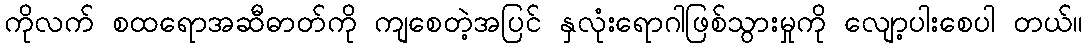
ကိုလက် စထရောအဆီဓာတ်ကို ကျစေတဲ့အပြင် နှလုံးရောဂါဖြစ်သွားမှုကို လျော့ပါးစေပါ တယ်။